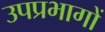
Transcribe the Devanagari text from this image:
उपप्रभागों